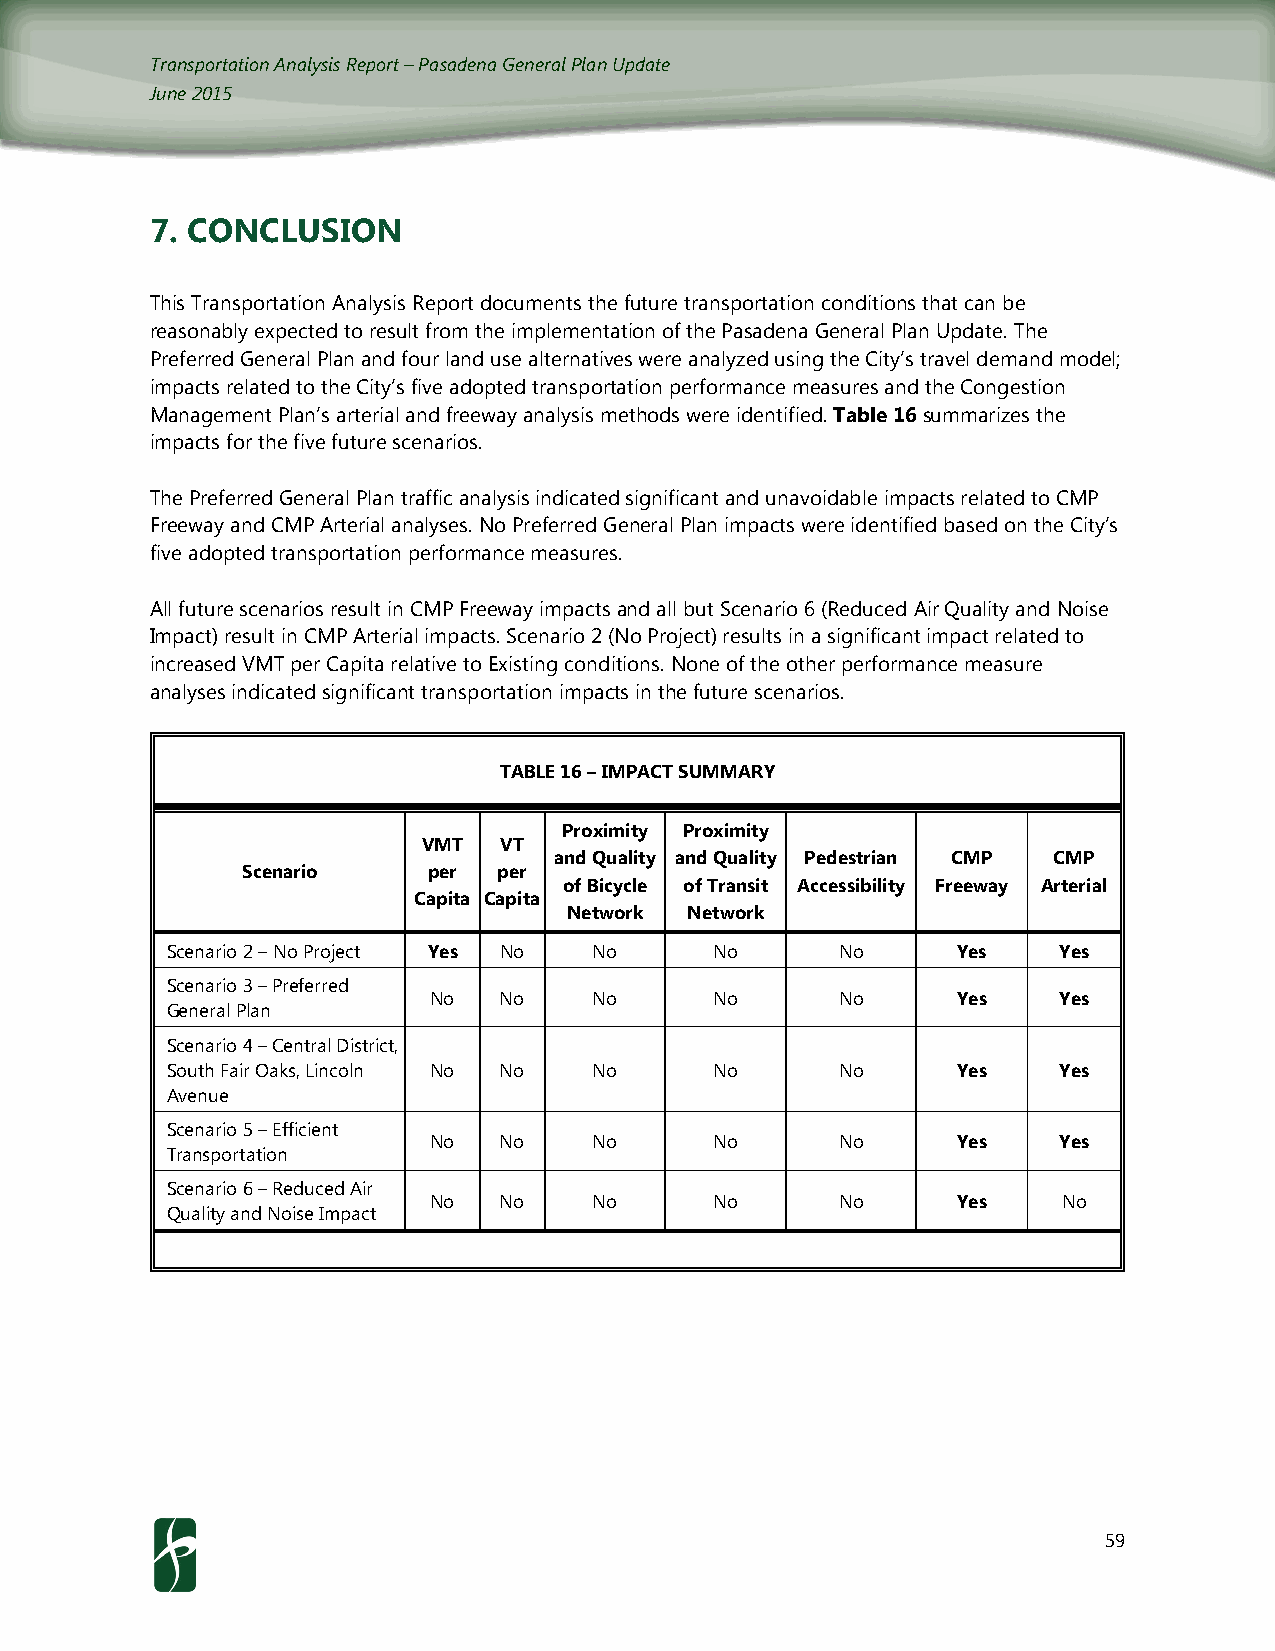
Transportation Analysis Report – Pasadena General Plan Update
 June 2015
 7. CONCLUSION
 This Transportation Analysis Report documents the future transportation conditions that can be
 reasonably expected to result from the implementation of the Pasadena General Plan Update. The
 Preferred General Plan and four land use alternatives were analyzed using the City’s travel demand model;
 impacts related to the City’s five adopted transportation performance measures and the Congestion
 Management Plan’s arterial and freeway analysis methods were identified. Table 16 summarizes the
 impacts for the five future scenarios.
 The Preferred General Plan traffic analysis indicated significant and unavoidable impacts related to CMP
 Freeway and CMP Arterial analyses. No Preferred General Plan impacts were identified based on the City’s
 five adopted transportation performance measures.
 All future scenarios result in CMP Freeway impacts and all but Scenario 6 (Reduced Air Quality and Noise
 Impact) result in CMP Arterial impacts. Scenario 2 (No Project) results in a significant impact related to
 increased VMT per Capita relative to Existing conditions. None of the other performance measure
 analyses indicated significant transportation impacts in the future scenarios.
 TABLE 16 – IMPACT SUMMARY
 Proximity Proximity
 VMT  VT
 and Quality and Quality Pedestrian CMP CMP
 Scenario    per  per
 of Bicycle of Transit Accessibility Freeway Arterial
 Capita Capita
 Network Network
 Scenario 2 – No Project Yes No No   No       No     Yes    Yes
 Scenario 3 – Preferred
 No   No    No      No       No     Yes    Yes
 General Plan
 Scenario 4 – Central District,
 South Fair Oaks, Lincoln No No No   No       No     Yes    Yes
 Avenue
 Scenario 5 – Efficient
 No   No    No      No       No     Yes    Yes
 Transportation
 Scenario 6 – Reduced Air
 No   No    No      No       No     Yes    No
 Quality and Noise Impact
 59